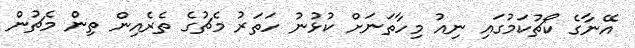
އޭނާގެ ކޯޗުކަމުގައި ނިއު މިހާތަނަށް ކުޅުނު ހަތަރު މެޗުގެ ތެރެއިން ތިން މެޗުން